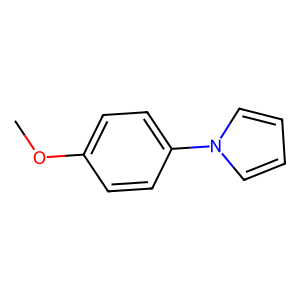
SMILES: COc1ccc(-n2cccc2)cc1
Inhibits HIV replication: No